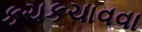
કચકચાવવા